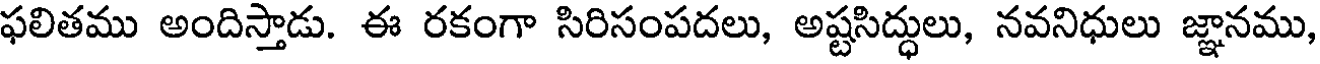
ఫలితము అందిస్తాడు. ఈ రకంగా సిరిసంపదలు, అష్టసిద్ధులు, నవనిధులు జ్ఞానము,